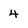
Character: 4